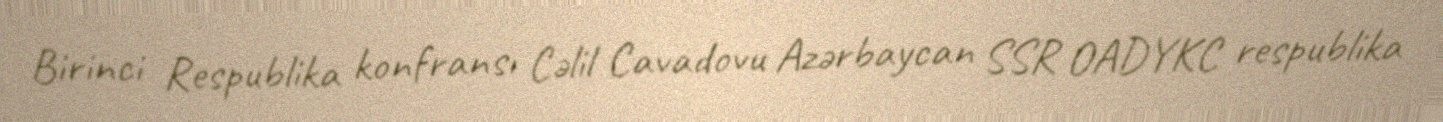
Birinci Respublika konfransı Cəlil Cavadovu Azərbaycan SSR OADYKC respublika